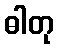
ဓါတု